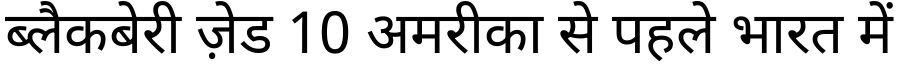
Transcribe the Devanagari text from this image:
ब्लैकबेरी ज़ेड 10 अमरीका से पहले भारत में